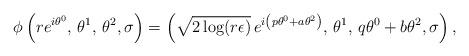
LaTeX: \begin{align*} \phi \left( r e^{i \theta^0}, \, \theta^1, \, \theta^2, \sigma \right) = \left( \sqrt{ 2 \log(r \epsilon )} \, e^{i \left( p\theta^0 + a \theta^2 \right)}, \, \theta^1, \, q\theta^0 + b\theta^2, \sigma \right),\end{align*}